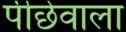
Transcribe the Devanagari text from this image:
पीछेवाला